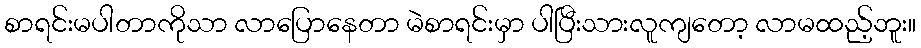
စာရင်းမပါတာကိုသာ လာပြောနေတာ မဲစာရင်းမှာ ပါပြီးသားလူကျတော့ လာမထည့်ဘူး။